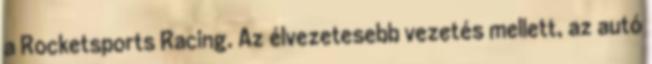
a Rocketsports Racing. Az élvezetesebb vezetés mellett, az autó